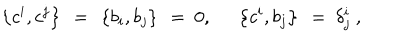
\left\{ c ^ { i } , c ^ { j } \right\} \ = \ \left\{ b _ { i } , b _ { j } \right\} \ = \ 0 , \ \quad \left\{ c ^ { i } , b _ { j } \right\} \ = \ \delta _ { j } ^ { i } \ ,